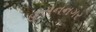
હસનનગર